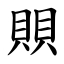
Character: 賏